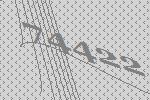
74422